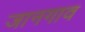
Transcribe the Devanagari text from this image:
जानगाव